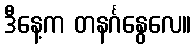
ဒီနေ့က တနင်္ဂနွေလေ။